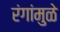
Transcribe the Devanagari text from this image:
रंगांमुळे